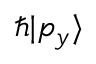
\hbar | p _ { y } \rangle